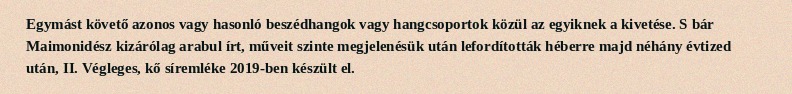
Egymást követő azonos vagy hasonló beszédhangok vagy hangcsoportok közül az egyiknek a kivetése. S bár Maimonidész kizárólag arabul írt, műveit szinte megjelenésük után lefordították héberre majd néhány évtized után, II. Végleges, kő síremléke 2019-ben készült el.